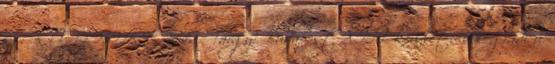
sz.: KTVF: 25915-9 2012. Tárgy: Budapest XIII. kerület, Visegrádi u.